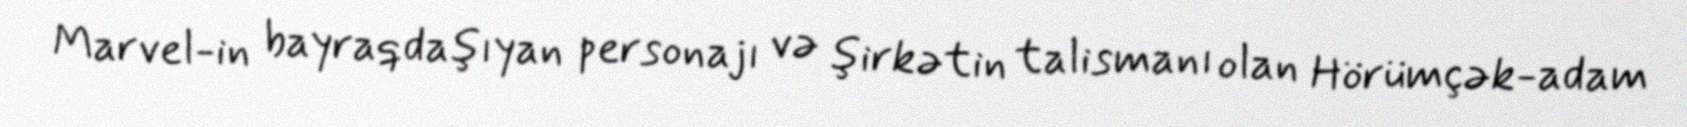
Marvel-in bayraqdaşıyan personajı və şirkətin talismanı olan Hörümçək-adam